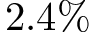
2 . 4 \%